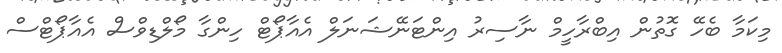
މިކަމާ ބެހޭ ގޮތުން އިބްރާހީމް ނާސިރު އިންޓަނޭޝަނަލް އެއާޕޯޓް ހިންގާ މޯލްޑިވްސް އެއާޕޯޓްސް